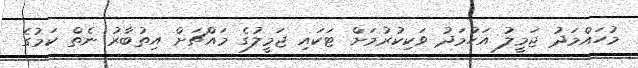
މުހައްމަދު ޖަމީލު އަހުމަދު ވަކިކުރުމަށް ޓަކައި ޖަމީލުގެ މައްޗަށް އިތުބާރު ނެތް ކަމުގެ